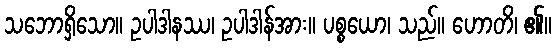
သဘောရှိသော။ ဥပါဒါနဿ၊ ဥပါဒါန်အား။ ပစ္စယော၊ သည်။ ဟောတိ၊ ၏။